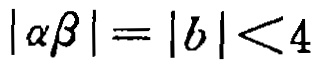
\(|\alpha\beta| = |b| < 4\)